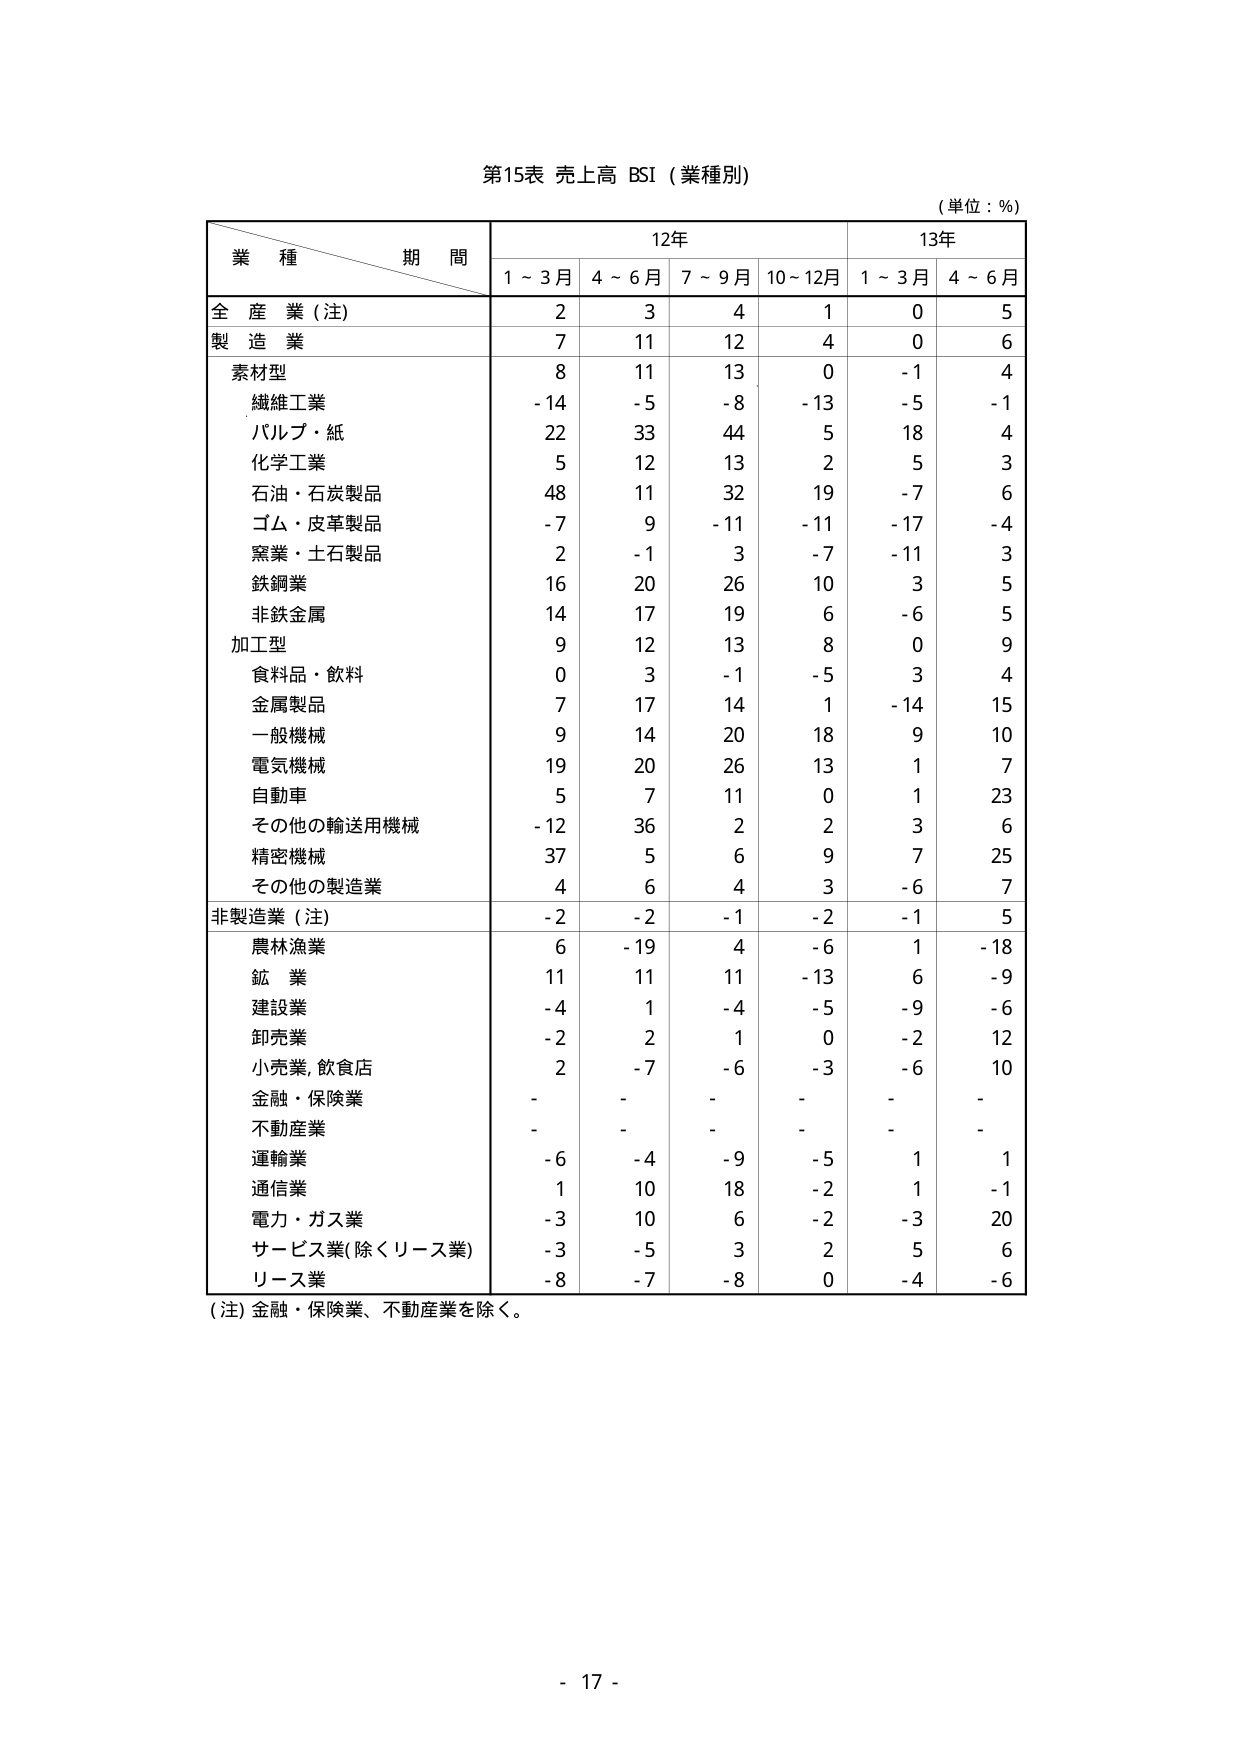
第15表 売上高 BSI（業種別）
（単位：％）

業種 期間